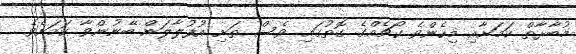
މުބާރާތް ކަމަށާއި މިހެންވެ ކޯޗެއްގެ ގޮތުގައި ވެސް ތަށި އުފުލާލަން ބޭނުންވާ ކަމަށެވެ.